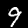
Label: 9